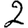
Digit: 2